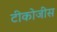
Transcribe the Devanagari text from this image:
टीकोजीस